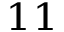
^ { 1 1 }